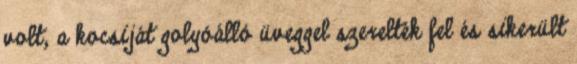
volt, a kocsiját golyóálló üveggel szerelték fel és sikerült